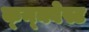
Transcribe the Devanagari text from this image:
क्न्क्वेस्ट